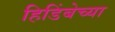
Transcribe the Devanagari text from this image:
हिडिंबेच्या